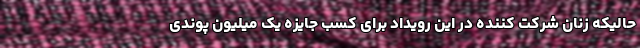
حالیکه زنان شرکت کننده در این رویداد برای کسب جایزه یک میلیون پوندی